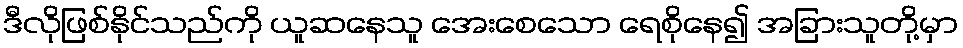
ဒီလိုဖြစ်နိုင်သည်ကို ယူဆနေသူ အေးစေသော ရေစိုနေ၍ အခြားသူတို့မှာ